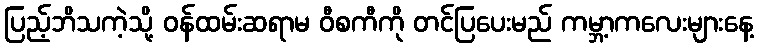
ပြည့်ဘိသကဲ့သို့ ဝန်ထမ်းဆရာမ ဝီစကီကို တင်ပြပေးမည် ကမ္ဘာ့ကလေးများနေ့